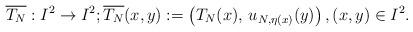
LaTeX: \begin{align*} \overline{T_N}: I^2 \rightarrow I^2; \overline{T_N}(x,y) := \left( T_N(x), \,u_{N,\eta(x)}(y) \right), (x, y) \in I^2.\end{align*}